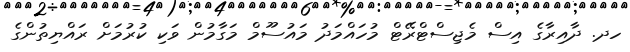
ހދ. ދާއިރާގެ އިސް މެޖިސްޓްރޭޓް މުހައްމަދު މައުސޫމް މަގާމުން ވަކި ކުރުމަށް ރައްޔިތުންގެ